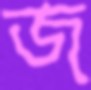
জ